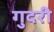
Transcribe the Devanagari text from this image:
गुदरी